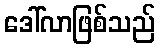
ဒေါ်လာဖြစ်သည်